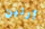
آرلين